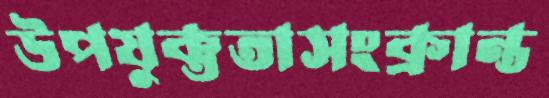
উপযুক্ততাসংক্রান্ত